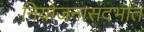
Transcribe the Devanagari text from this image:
नियोजनासंदर्भात